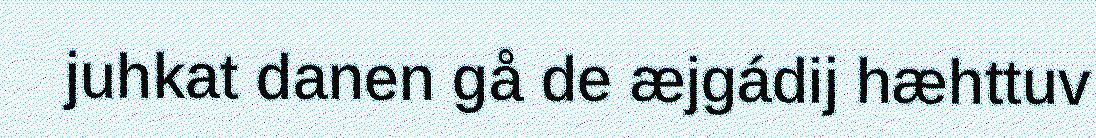
juhkat danen gå de æjgádij hæhttuv